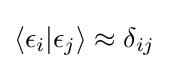
\langle \epsilon _{i}|\epsilon _{j}\rangle \approx \delta _{ij}